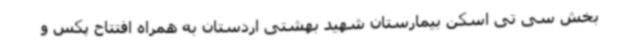
بخش سی تی اسکن بیمارستان شهید بهشتی اردستان به همراه افتتاح پکس و